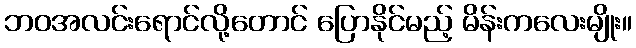
ဘဝအလင်းရောင်လို့တောင် ပြောနိုင်မည့် မိန်းကလေးမျိုး။